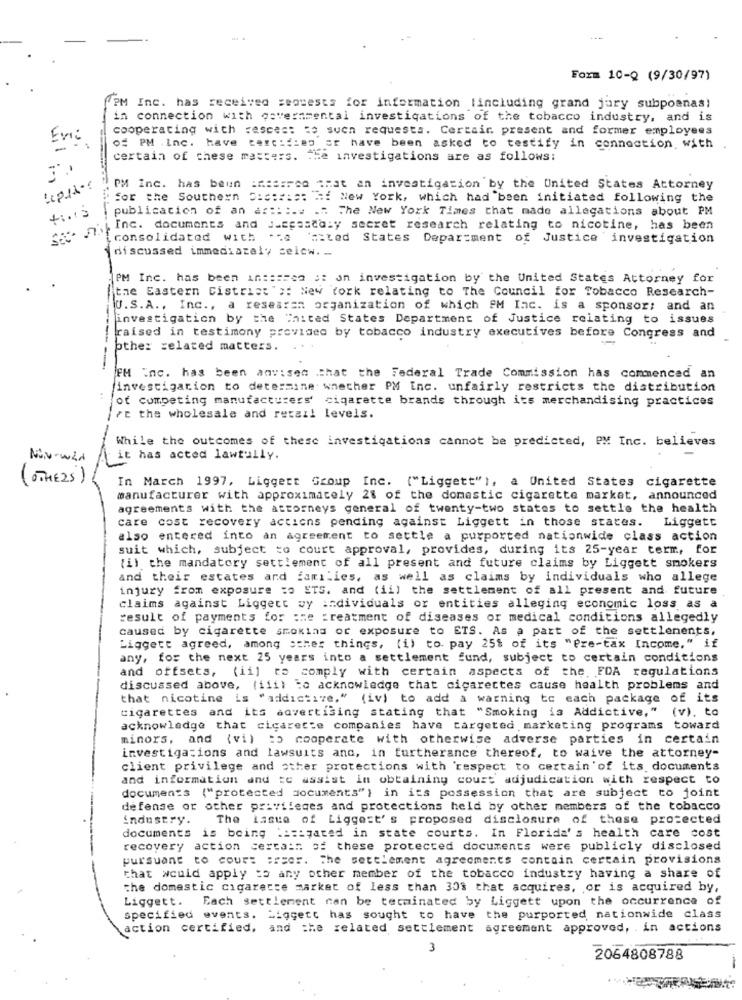
Form 10-9 (9/30/97)
"PM Inc. has received seosests for information (including grand jury subpoanas)
in connection with governmental investigations of the tobacco industry, and is
cooperating with respect to such requests. Certain present and former employees
Evic
of PM .Inc. have tercidieo sr have been asked to testify in connection with
certain of chese masters. The investigations are as follows:
PM Inc. has been :d:d:rco that an investigation by the United States Attorney
for the Southern District if New York, which had "been initiated following the
publication of an a ::: :.. ... The New York Times that made allegations about PM
SEC. M.
Inc. documents and Jaspasta:y secret research relating to nicotine, has been
consolidated with *; e 'cited States Department of Justice investigation
discussed immediately celow. ..
PM Inc. has been in === ren o: an investigation by the United States Attorney for
the Eastern District's: New York relating to The Council for Tobacco Research-
U.S.A ., Inc ., a researan organization of which FM Inc. is a sponsor; and an
investigation by the Whited States Department of Justice relating to issues
raised in testimony provided by tobacco industry executives before Congress and
pthe: related matters. ..
FM Inc. has been anvises That the Federal Trade Commission has commenced an
investigation to determine whether PM Inc. unfairly restricts the distribution
jof competing manufacturers' cigarette brands through its merchandising practices
rt the wholesale and retail levels.
While the outcomes of these investigations cannot be predicted, PM Inc. believes
Niv-wLA
it has acted lawfully.
(OTHERS)
In March 1997, Liggert Group Inc. ("Liggett"), a United States cigarette
manufacturer with approximately 2% of the domestic cigarette market, announced
agreements with the attorneys general of twenty-two states to settle the health
care cost recovery actions pending against Liggett in those states. Liggett
also entered into an agreement to settle a purported nationwide class action
suit which, subject to court approval, provides, during its 25-year term, for
til the mandatory settlement of all present and future claims by Liggett smokers
and their estates and families, as well as claims by individuals who allege
injury from exposure : ETS. and (ii) the settlement of all present and future
claims against Liggett vy individuals or entities alleging economic loss as a
result of payments for the treatment of diseases or medical conditions allegedly
caused by cigarette smoking or exposure to ETS. As a part of the settlements,
Liggett agreed, among other things, (i) to pay 25% of its "Pre-tax Income," if
any, for the next 25 years into a settlement fund, subject to certain conditions
and offsets, (ii) to comply with certain aspects of the FDA regulations
discussed above, (iii) to acknowledge that cigarettes cause health problems and
that nicotine is "addictive," (iv) to add a warning to each package of its
cigarettes and its advertising stating that "Smoking is Addictive," (v). to
acknowledge that cigarette companies have targeted marketing programs toward
minors, and (vi) :5 cooperate with otherwise adverse parties in certain
investigations and lawsuits and, in furtherance thereof, to waive the attorney-
client privilege and other protections with 'respect to certain'of its documents
and information and te assist in obtaining court adjudication with respect to
documents ("protected documents") in its possession that are subject to joint
defense or other privileges and protections held by other members of the tobacco
industry.
The issue of Liggest' s proposed disclosure of these protected
documents is being Mesigated in state courts. In Florida's health care cost
recovery action cerca:" of these protected documents were publicly disclosed
pursuant to court :rser. The settlement agreements contain certain provisions
that would apply to any other member of the tobacco industry having a share of
the domestic cigarette market of less than 303 that acquires, or is acquired by,
Liggett. Each settlement can be terminated by Liggett upon the occurrence of
specified events. Liggetc has sought to have the purported nationwide class
action certified, and the related settlement agreement approved, . in actions
3
2064808788